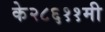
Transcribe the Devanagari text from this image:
के२८६११मी